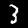
Digit: 3